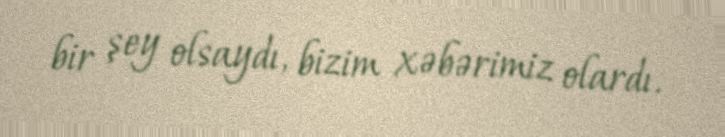
bir şey olsaydı, bizim xəbərimiz olardı.